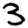
Digit: 3